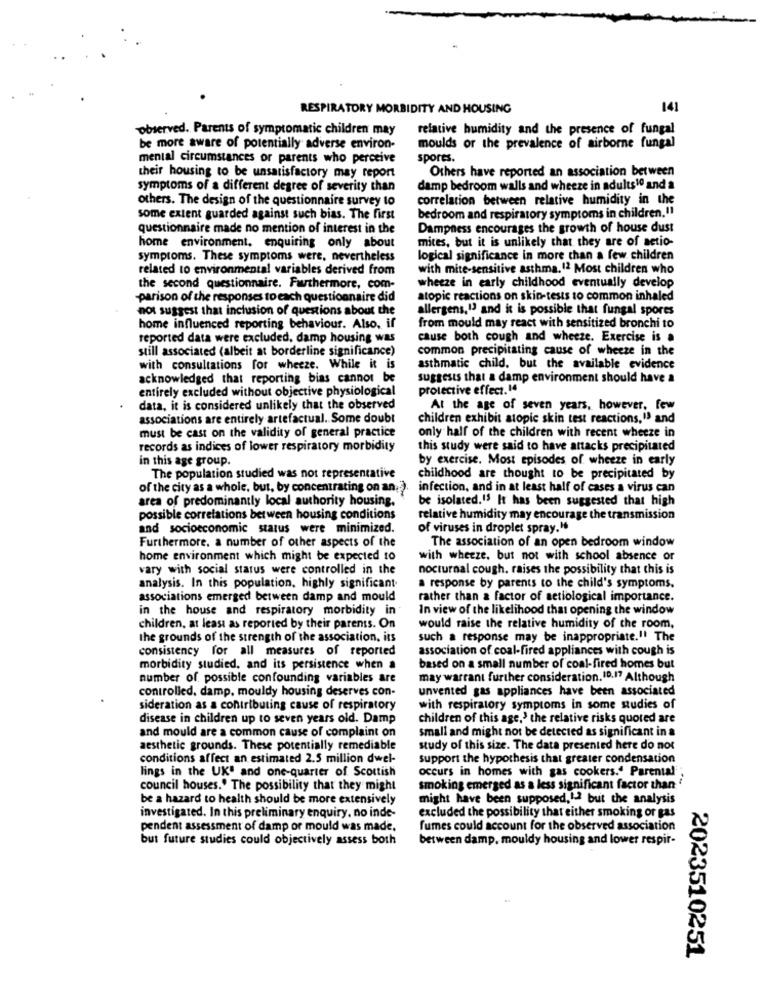
RESPIRATORY MORBIDITY AND HOUSING
141
observed. Parents of symptomatic children may
relative humidity and the presence of fungal
be more aware of potentially adverse environ-
moulds or the prevalence of airborne fungal
menial circumstances or parents who perceive
spores.
Others have reported an association between
their housing to be unsatisfactory may report
symptoms of a different degree of severity than
damp bedroom walls and wheeze in adults10 and a
others. The design of the questionnaire survey to
correlation between relative humidity in the
some extent guarded against such bias. The first
bedroom and respiratory symptoms in children."1
questionnaire made no mention of interest in the
Dampness encourages the growth of house dust
mites, but it is unlikely that they are of setio-
home environment, enquiring only about
symptoms. These symptoms were, nevertheless
logical significance in more than a few children
related to environmental variables derived from
with mite-sensitive asthma.12 Most children who
the second questionnaire. Furthermore, com-
wheeze in early childhood eventually develop
-parison of the responses to each questionnaire did
atopic reactions on skin-tests to common inhaled
not suggest that inclusion of questions about the
allergens,13 and it is possible that fungal spores
home influenced reporting behaviour. Also, if
from mould may react with sensitized bronchi to
reported data were excluded, damp housing was
cause both cough and wheeze. Exercise is a
still associated (albeit at borderline significance)
common precipitating cause of wheeze in the
with consultations for wheeze. While it is
asthmatic child, but the available evidence
acknowledged that reporting bias cannot be
suggests that a damp environment should have a
entirely excluded without objective physiological
protective effect.14
data, it is considered unlikely that the observed
At the age of seven years, however, few
associations are entirely artefactual. Some doubt
children exhibit atopic skin test reactions," and
must be cast on the validity of general practice
only half of the children with recent wheeze in
records as indices of lower respiratory morbidity
this study were said to have attacks precipitated
in this age group.
by exercise. Most episodes of wheeze in early
The population studied was not representative
childhood are thought to be precipitated by
of the city as a whole, but, by concentrating on an; ).
infection, and in at least half of cases a virus can
area of predominantly local authority housing.
be isolated.15 It has been suggested that high
possible correlations between housing conditions
relative humidity may encourage the transmission
and socioeconomic status were minimized.
of viruses in droplet spray."
The association of an open bedroom window
Furthermore. a number of other aspects of the
home environment which might be expected to
with wheeze. but not with school absence or
vary with social status were controlled in the
nocturnal cough. raises the possibility that this is
analysis. In this population, highly significant.
a response by parents to the child's symptoms.
associations emerged between damp and mould
rather than a factor of setiological importance.
in the house and respiratory morbidity in
In view of the likelihood that opening the window
children, at least as reported by their parents. On
would raise the relative humidity of the room,
the grounds of the strength of the association, its
such a response may be inappropriate." The
consistency for all measures of reported
association of coal-fired appliances with cough is
morbidity studied, and its persistence when a
based on a small number of coal-fired homes but
number of possible confounding variables are
may warrant further consideration. 10.17 Although
controlled, damp, mouldy housing deserves con-
unvented gas appliances have been associated
sideration as a contributing cause of respiratory
with respiratory symptoms in some studies of
disease in children up to seven years old. Damp
children of this age,' the relative risks quoted are
and mould are a common cause of complaint on
small and might not be detected as significant in a
aesthetic grounds. These potentially remediable
study of this size. The data presented here do not
conditions affect an estimated 2.5 million dwel-
support the hypothesis that greater condensation
lings in the UK' and one-quarter of Scottish
occurs in homes with gas cookers." Parental
council houses." The possibility that they might
smoking emerged as a less significant factor than '
be a hazard to health should be more extensively
might have been supposed,1-2 but the analysis
investigated. In this preliminary enquiry, no inde-
excluded the possibility that either smoking or gas
pendent assessment of damp or mould was made.
fumes could account for the observed association
but future studies could objectively assess both
between damp, mouldy housing and lower respir-
2023510251